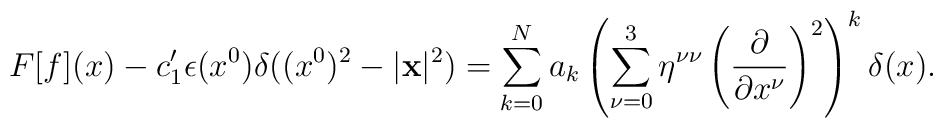
F[f](x) - c_{1}^{\prime } \epsilon (x^{0}) \delta ((x^{0})^{2} - |{\bf x}|^{2}) =\sum_{k = 0}^{N} a_{k} \left( \sum_{\nu = 0}^{3} \eta^{\nu \nu }\left( \frac{\partial }{\partial x^{\nu }}\right)^{2} \right)^{k}\delta (x).